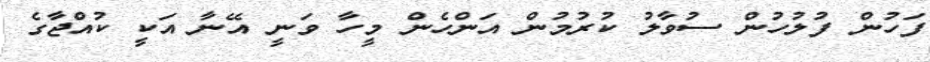
ފަހުން ފުލުހުން ސުވާލު ކުރުމުން އަންހެން މީހާ ވަނީ އޭނާ އަކީ ކުއްޖާގެ